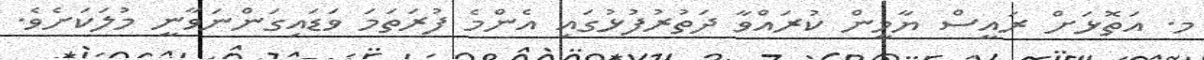
މ. އަތޮޅަށް ރައީސް ޔާމީން ކުރައްވާ ދަތުރުފުޅުގައި އެންމެ ފުރަތަމަ ވަޑައިގަންނަވާނީ މުލަކަށެވެ.